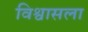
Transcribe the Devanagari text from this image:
विश्वासला